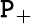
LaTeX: \mathtt{P}_{+}